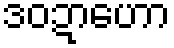
ဒဝဍာဟော